Vaccination North-Western Provinces 1866-1877 - 1866-1877
Year: 1866
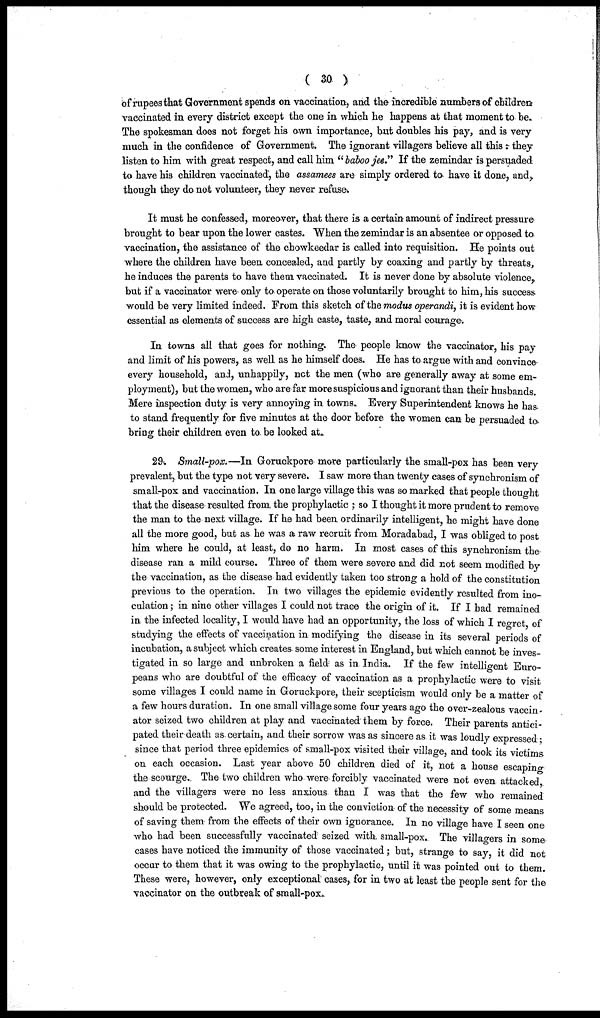
( 30 )
of rupees that Government spends on vaccination, and the incredible numbers of children
vaccinated in every district except the one in which he happens at that moment to be.
The spokesman does not forget his own importance, but doubles his pay, and is very
much in the confidence of Government. The ignorant villagers believe all this : they
listen to him with great respect, and call him "baboo jee." If the zemindar is persuaded
to have his children vaccinated, the assamees are simply ordered to have it done, and,
though they do not volunteer, they never refuse.
It must he confessed, moreover, that there is a certain amount of indirect pressure
brought to bear upon the lower castes. When the zemindar is an absentee or opposed to
vaccination, the assistance of the chowkeedar is called into requisition. He points out
where the children have been concealed, and partly by coaxing and partly by threats,
he induces the parents to have them vaccinated. It is never done by absolute violence,
but if a vaccinator were only to operate on those voluntarily brought to him, his success
would be very limited indeed. From this sketch of the modus operandi, it is evident how
essential as elements of success are high caste, taste, and moral courage.
In towns all that goes for nothing. The people know the vaccinator, his pay
and limit of his powers, as well as he himself does. He has to argue with and convince
every household, and, unhappily, not the men (who are generally away at some em-
ployment), but the women, who are far more suspicious and ignorant than their husbands.
Mere inspection duty is very annoying in towns. Every Superintendent knows he has
to stand frequently for five minutes at the door before the women can be persuaded to
bring their children even to be looked at.
29. Small-pox.—In Goruckpore more particularly the small-pox has been very
prevalent, but the type not very severe. I saw more than twenty cases of synchronism of
small-pox and vaccination. In one large village this was so marked that people thought
that the disease resulted from the prophylactic ; so I thought it more prudent to remove
the man to the next village. If he had been ordinarily intelligent, he might have done
all the more good, but as he was a raw recruit from Moradabad, I was obliged to post
him where he could, at least, do no harm. In most cases of this synchronism the
disease ran a mild course. Three of them were severe and did not seem modified by
the vaccination, as the disease had evidently taken too strong a hold of the constitution
previous to the operation. In two villages the epidemic evidently resulted from ino-
culation ; in nine other villages I could not trace the origin of it. If I bad remained
in the infected locality, I would have had an opportunity, the loss of which I regret, of
studying the effects of vaccination in modifying the disease in its several periods of
incubation, a subject which creates some interest in England, but which cannot be inves-
tigated in so large and unbroken a field as in India. If the few intelligent Euro-
peans who are doubtful of the efficacy of vaccination as a prophylactic were to visit
some villages I could name in Goruckpore, their scepticism would only be a matter of
a few hours duration. In one small village some four years ago the over-zealous vaccin-
ator seized two children at play and vaccinated them by force. Their parents antici-
pated their death as certain, and their sorrow was as sincere as it was loudly expressed;
since that period three epidemics of small-pox visited their village, and took its victims
on each occasion. Last year above 50 children died of it, not a house escaping
the scourge. The two children who were forcibly vaccinated were not even attacked,
and the villagers were no less anxious than I was that the few who remained
should be protected. We agreed, too, in the conviction of the necessity of some means
of saving them from the effects of their own ignorance. In no village have I seen one
who had been successfully vaccinated seized with small-pox. The villagers in some
cases have noticed the immunity of those vaccinated; but, strange to say, it did not
occur to them that it was owing to the prophylactic, until it was pointed out to them.
These were, however, only exceptional cases, for in two at least the people sent for the
vaccinator on the outbreak of small-pox.